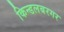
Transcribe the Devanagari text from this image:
किन्डलबरगर